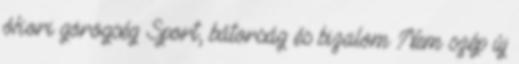
ókori görögség Sport, bátorság és bizalom Nem szép új